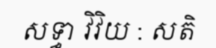
សទ្ធា វិវិយ : សតិ